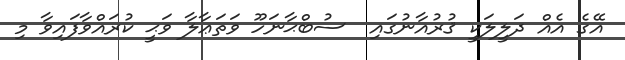
އޭގެ އެއް ދަލީލަކީ ޤުރުއާނުގައި  ސުބްޙާނަހޫ ވަތަޢާލާ ވަޙީ ކުރައްވާފައިވާ މި